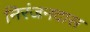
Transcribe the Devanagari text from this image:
निरंजनदास